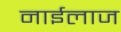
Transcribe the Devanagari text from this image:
नाईलाज